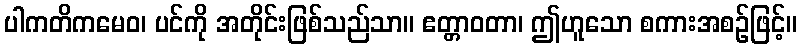
ပါကတိကမေဝ၊ ပင်ကို အတိုင်းဖြစ်သည်သာ။ ဧတ္တာဝတာ၊ ဤဟူသော စကားအစဉ်ဖြင့်။